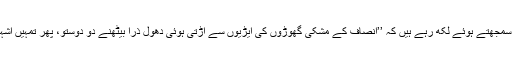
ایک منصور آفاق نامی ’’دانشور‘‘ ہیں جو اب بھی عوام کو بیوقوف سمجھتے ہوئے لکھ رہے ہیں کہ ’’انصاف کے مشکی گھوڑوں کی ایڑیوں سے اڑتی ہوئی دھول ذرا بیٹھنے دو دوستو، پھر تمہیں اشہب دوراں (کالم میں ’’شب دوراں‘‘ چھپا) کی رفتار کا اندازہ ہو گا‘‘۔